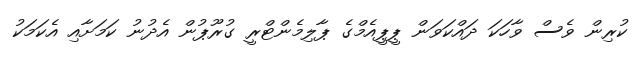
ކުރިން ވެސް ވާހަކަ ދައްކަވަން ޕީޕީއެމްގެ ޕާލިމެންޓްރީ ގުރޫޕުން އެދުނު ކަމަށާއި އެކަމަކު